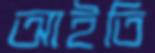
আইতি